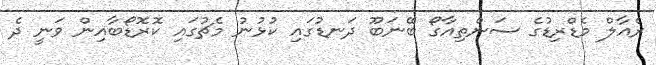
ރެއާލް މެޑްރިޑުގެ ސަންތިއާގޯ ބޭނަބޫ ދަނޑުގައި ކުޅުނު މެޗުގައި ކޮރޮޑޯބާއިން ވަނީ ދެ